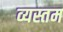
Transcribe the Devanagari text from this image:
व्यस्तम